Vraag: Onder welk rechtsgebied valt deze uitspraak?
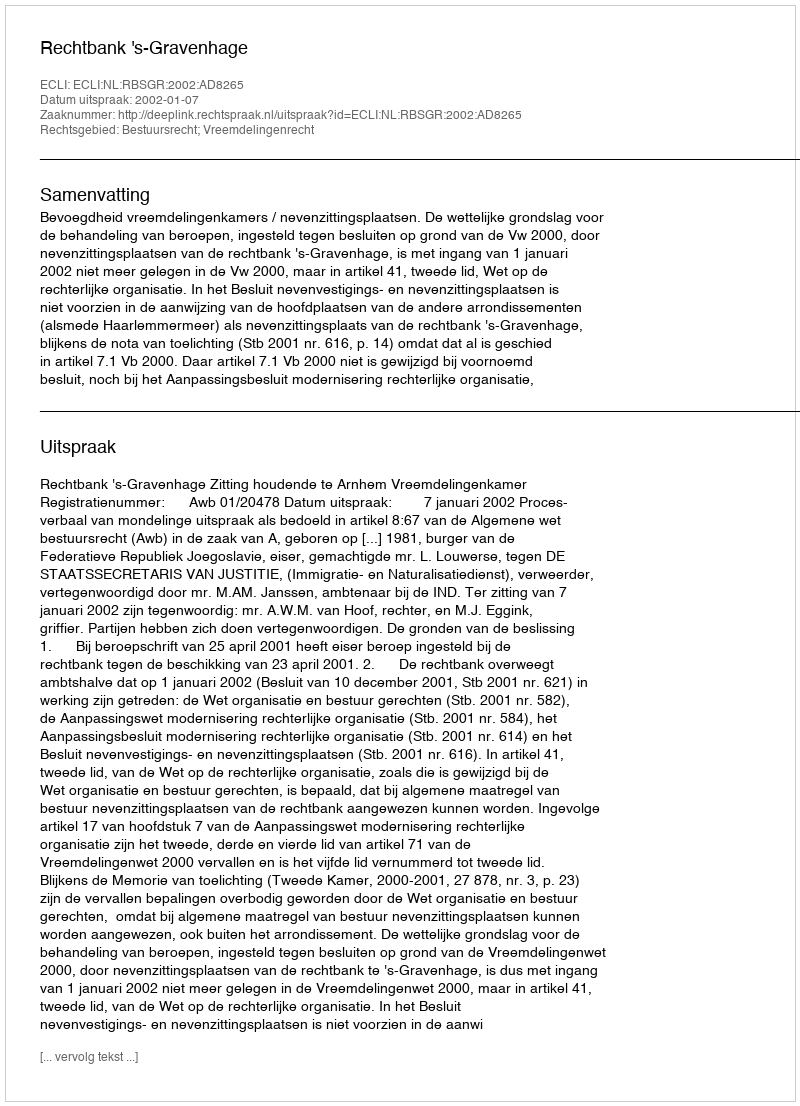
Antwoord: Bestuursrecht; Vreemdelingenrecht